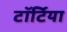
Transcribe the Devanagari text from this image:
टॉर्टिया